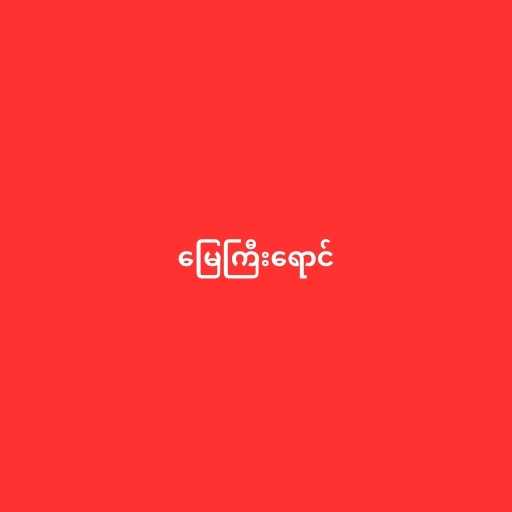
မြေကြီးရောင်